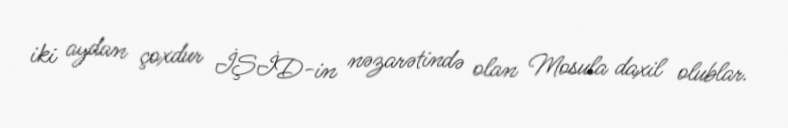
iki aydan çoxdur İŞİD-in nəzarətində olan Mosula daxil olublar.